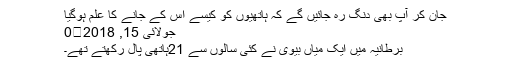
جان کر آپ بھی دنگ رہ جائیں گے کہ ہاتھیوں کو کیسے اُس کے جانے کا علم ہوگیا
جولائی 15, 2018	0
برطانیہ میں ایک میاں بیوی نے کئی سالوں سے 21ہاتھی پال رکھتے تھے۔